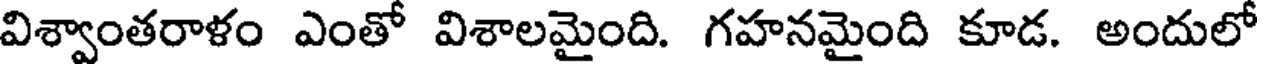
విశ్వాంతరాళం ఎంతో విశాలమైంది. గహనమైంది కూడ. అందులో